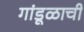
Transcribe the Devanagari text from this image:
गांडूळाची